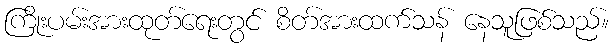
ကြိုးပမ်းအားထုတ်ရေးတွင် စိတ်အားထက်သန် နေသူဖြစ်သည်။